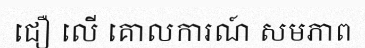
ជឿ លើ គោលការណ៍ សមភាព